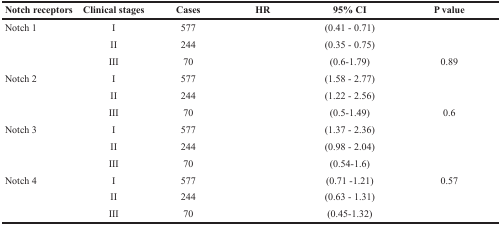
<table><thead><tr><td><b>Notch receptors</b></td><td><b>Clinical stages</b></td><td><b>Cases</b></td><td><b>HR</b></td><td><b>95% CI</b></td><td><b>P value</b></td></tr></thead><tbody><tr><td>Notch 1</td><td>I</td><td>577</td><td>[EMPTY_CELL]</td><td>(0.41 - 0.71)</td><td>[EMPTY_CELL]</td></tr><tr><td>[EMPTY_CELL]</td><td>II</td><td>244</td><td>[EMPTY_CELL]</td><td>(0.35 - 0.75)</td><td>[EMPTY_CELL]</td></tr><tr><td>[EMPTY_CELL]</td><td>III</td><td>70</td><td>[EMPTY_CELL]</td><td>(0.6-1.79)</td><td>0.89</td></tr><tr><td>Notch 2</td><td>I</td><td>577</td><td>[EMPTY_CELL]</td><td>(1.58 - 2.77)</td><td>[EMPTY_CELL]</td></tr><tr><td>[EMPTY_CELL]</td><td>II</td><td>244</td><td>[EMPTY_CELL]</td><td>(1.22 - 2.56)</td><td>[EMPTY_CELL]</td></tr><tr><td>[EMPTY_CELL]</td><td>III</td><td>70</td><td>[EMPTY_CELL]</td><td>(0.5-1.49)</td><td>0.6</td></tr><tr><td>Notch 3</td><td>I</td><td>577</td><td>[EMPTY_CELL]</td><td>(1.37 - 2.36)</td><td>[EMPTY_CELL]</td></tr><tr><td>[EMPTY_CELL]</td><td>II</td><td>244</td><td>[EMPTY_CELL]</td><td>(0.98 - 2.04)</td><td>[EMPTY_CELL]</td></tr><tr><td>[EMPTY_CELL]</td><td>III</td><td>70</td><td>[EMPTY_CELL]</td><td>(0.54-1.6)</td><td>[EMPTY_CELL]</td></tr><tr><td>Notch 4</td><td>I</td><td>577</td><td>[EMPTY_CELL]</td><td>(0.71 -1.21)</td><td>0.57</td></tr><tr><td>[EMPTY_CELL]</td><td>II</td><td>244</td><td>[EMPTY_CELL]</td><td>(0.63 - 1.31)</td><td>[EMPTY_CELL]</td></tr><tr><td>[EMPTY_CELL]</td><td>III</td><td>70</td><td>[EMPTY_CELL]</td><td>(0.45-1.32)</td><td>[EMPTY_CELL]</td></tr></tbody></table>